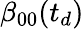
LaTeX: \beta_{00}(t_{d})